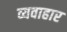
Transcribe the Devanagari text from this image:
व्यवाहार